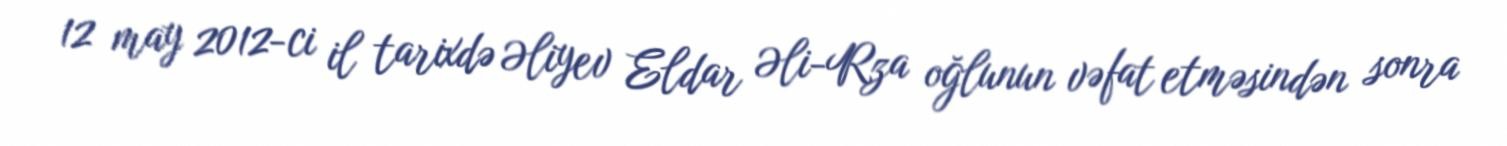
12 may 2012-ci il tarixdə Əliyev Eldar Əli-Rza oğlunun vəfat etməsindən sonra